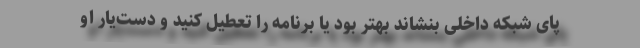
پای شبکه داخلی بنشاند بهتر بود یا برنامه را تعطیل کنید و دست‌یار او